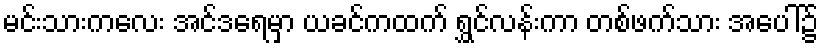
မင်းသားကလေး အင်ဒရေမှာ ယခင်ကထက် ရွှင်လန်းကာ တစ်ဖက်သား အပေါ်၌